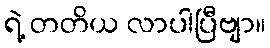
ရဲ့ တတိယ လာပါပြီဗျာ။